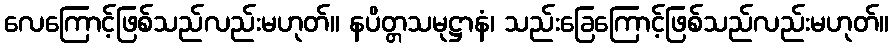
လေကြောင့်ဖြစ်သည်လည်းမဟုတ်။ နပိတ္တသမုဋ္ဌာနံ၊ သည်းခြေကြောင့်ဖြစ်သည်လည်းမဟုတ်။